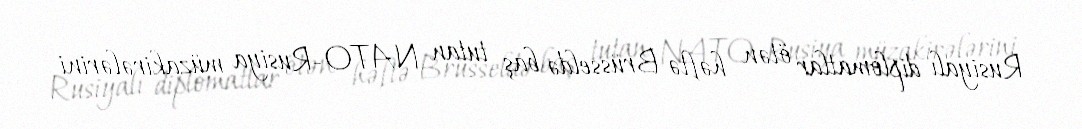
Rusiyalı diplomatlar ötən həftə Brüsseldə baş tutan NATO-Rusiya müzakirələrini